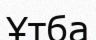
Ұтба